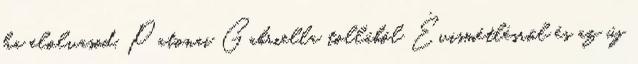
ha elolvasod, Patonai Gabriella tollából Évismétlésről és az új